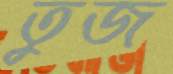
তুজ